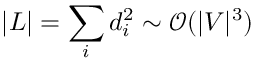
| L | = \sum _ { i } d _ { i } ^ { 2 } \sim \mathcal { O } ( | V | ^ { 3 } )